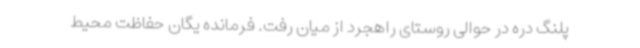
پلنگ دره در حوالی روستای راهجرد از میان رفت. فرمانده یگان حفاظت محیط